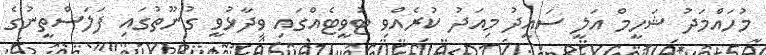
މުހައްމަދު ޝަހީމް އަލީ ސައީދު މިއަދު ކުރެއްވި ޓުވީޓެއްގައި ވިދާޅުވީ ގުނޫތުގައި ފަލަސްތީނުގެ